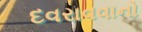
દવરાવવાનો